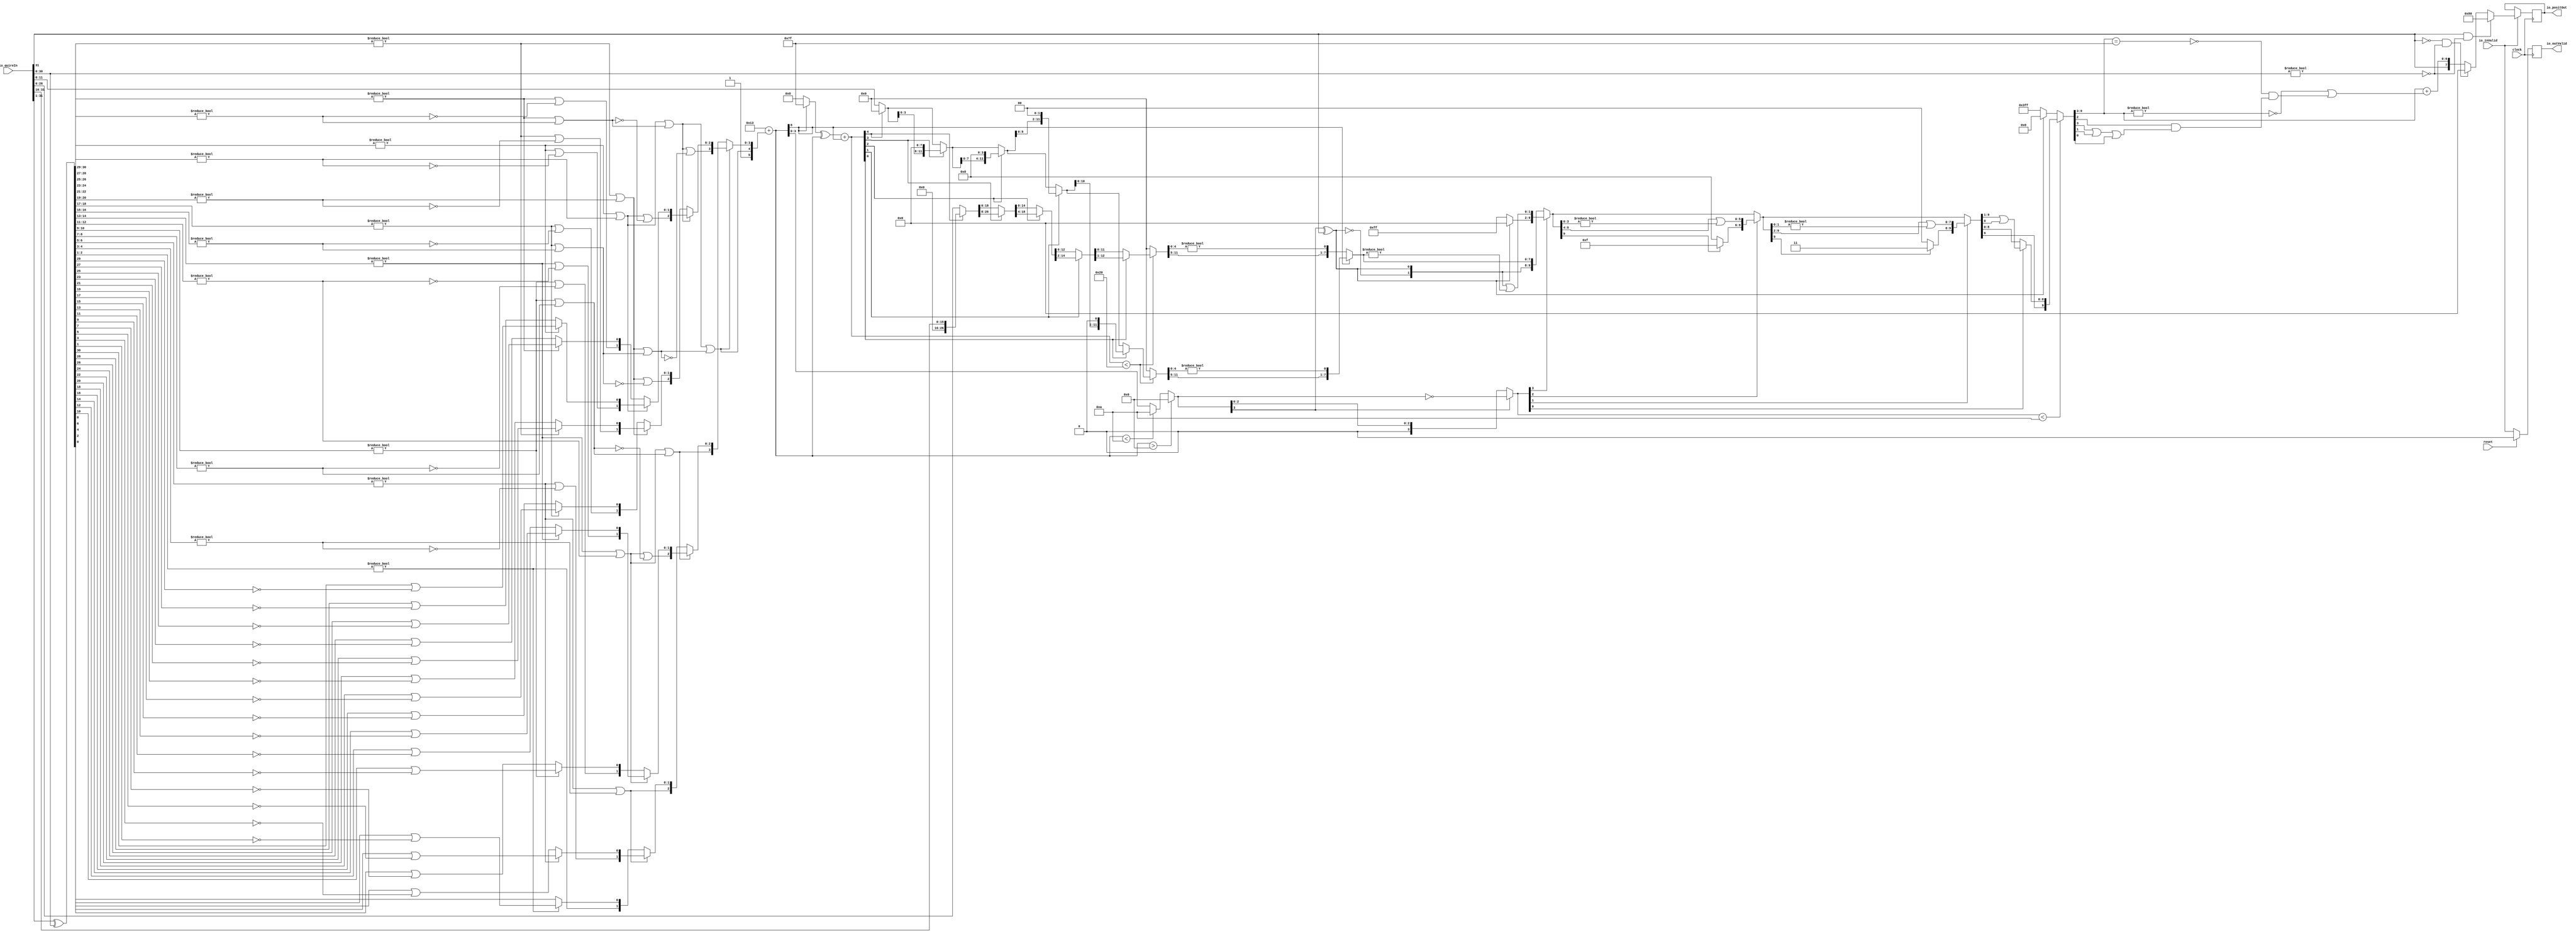
module QuireToPosit6_8_0(
  input         clock,
  input         reset,
  input         io_inValid,
  input  [31:0] io_quireIn,
  output [7:0]  io_positOut,
  output        io_outValid
);
  wire [30:0] _T; // @[QuireToPosit.scala 47:43]
  wire  _T_1; // @[QuireToPosit.scala 47:47]
  wire  tailIsZero; // @[QuireToPosit.scala 47:27]
  wire  _T_2; // @[QuireToPosit.scala 49:45]
  wire  outRawFloat_isNaR; // @[QuireToPosit.scala 49:49]
  wire  _T_5; // @[QuireToPosit.scala 50:31]
  wire  outRawFloat_isZero; // @[QuireToPosit.scala 50:51]
  wire [30:0] _T_8; // @[QuireToPosit.scala 58:41]
  wire [30:0] _T_9; // @[QuireToPosit.scala 58:68]
  wire [30:0] quireXOR; // @[QuireToPosit.scala 58:56]
  wire [15:0] _T_10; // @[LZD.scala 43:32]
  wire [7:0] _T_11; // @[LZD.scala 43:32]
  wire [3:0] _T_12; // @[LZD.scala 43:32]
  wire [1:0] _T_13; // @[LZD.scala 43:32]
  wire  _T_14; // @[LZD.scala 39:14]
  wire  _T_15; // @[LZD.scala 39:21]
  wire  _T_16; // @[LZD.scala 39:30]
  wire  _T_17; // @[LZD.scala 39:27]
  wire  _T_18; // @[LZD.scala 39:25]
  wire [1:0] _T_19; // @[Cat.scala 29:58]
  wire [1:0] _T_20; // @[LZD.scala 44:32]
  wire  _T_21; // @[LZD.scala 39:14]
  wire  _T_22; // @[LZD.scala 39:21]
  wire  _T_23; // @[LZD.scala 39:30]
  wire  _T_24; // @[LZD.scala 39:27]
  wire  _T_25; // @[LZD.scala 39:25]
  wire [1:0] _T_26; // @[Cat.scala 29:58]
  wire  _T_27; // @[Shift.scala 12:21]
  wire  _T_28; // @[Shift.scala 12:21]
  wire  _T_29; // @[LZD.scala 49:16]
  wire  _T_30; // @[LZD.scala 49:27]
  wire  _T_31; // @[LZD.scala 49:25]
  wire  _T_32; // @[LZD.scala 49:47]
  wire  _T_33; // @[LZD.scala 49:59]
  wire  _T_34; // @[LZD.scala 49:35]
  wire [2:0] _T_36; // @[Cat.scala 29:58]
  wire [3:0] _T_37; // @[LZD.scala 44:32]
  wire [1:0] _T_38; // @[LZD.scala 43:32]
  wire  _T_39; // @[LZD.scala 39:14]
  wire  _T_40; // @[LZD.scala 39:21]
  wire  _T_41; // @[LZD.scala 39:30]
  wire  _T_42; // @[LZD.scala 39:27]
  wire  _T_43; // @[LZD.scala 39:25]
  wire [1:0] _T_44; // @[Cat.scala 29:58]
  wire [1:0] _T_45; // @[LZD.scala 44:32]
  wire  _T_46; // @[LZD.scala 39:14]
  wire  _T_47; // @[LZD.scala 39:21]
  wire  _T_48; // @[LZD.scala 39:30]
  wire  _T_49; // @[LZD.scala 39:27]
  wire  _T_50; // @[LZD.scala 39:25]
  wire [1:0] _T_51; // @[Cat.scala 29:58]
  wire  _T_52; // @[Shift.scala 12:21]
  wire  _T_53; // @[Shift.scala 12:21]
  wire  _T_54; // @[LZD.scala 49:16]
  wire  _T_55; // @[LZD.scala 49:27]
  wire  _T_56; // @[LZD.scala 49:25]
  wire  _T_57; // @[LZD.scala 49:47]
  wire  _T_58; // @[LZD.scala 49:59]
  wire  _T_59; // @[LZD.scala 49:35]
  wire [2:0] _T_61; // @[Cat.scala 29:58]
  wire  _T_62; // @[Shift.scala 12:21]
  wire  _T_63; // @[Shift.scala 12:21]
  wire  _T_64; // @[LZD.scala 49:16]
  wire  _T_65; // @[LZD.scala 49:27]
  wire  _T_66; // @[LZD.scala 49:25]
  wire [1:0] _T_67; // @[LZD.scala 49:47]
  wire [1:0] _T_68; // @[LZD.scala 49:59]
  wire [1:0] _T_69; // @[LZD.scala 49:35]
  wire [3:0] _T_71; // @[Cat.scala 29:58]
  wire [7:0] _T_72; // @[LZD.scala 44:32]
  wire [3:0] _T_73; // @[LZD.scala 43:32]
  wire [1:0] _T_74; // @[LZD.scala 43:32]
  wire  _T_75; // @[LZD.scala 39:14]
  wire  _T_76; // @[LZD.scala 39:21]
  wire  _T_77; // @[LZD.scala 39:30]
  wire  _T_78; // @[LZD.scala 39:27]
  wire  _T_79; // @[LZD.scala 39:25]
  wire [1:0] _T_80; // @[Cat.scala 29:58]
  wire [1:0] _T_81; // @[LZD.scala 44:32]
  wire  _T_82; // @[LZD.scala 39:14]
  wire  _T_83; // @[LZD.scala 39:21]
  wire  _T_84; // @[LZD.scala 39:30]
  wire  _T_85; // @[LZD.scala 39:27]
  wire  _T_86; // @[LZD.scala 39:25]
  wire [1:0] _T_87; // @[Cat.scala 29:58]
  wire  _T_88; // @[Shift.scala 12:21]
  wire  _T_89; // @[Shift.scala 12:21]
  wire  _T_90; // @[LZD.scala 49:16]
  wire  _T_91; // @[LZD.scala 49:27]
  wire  _T_92; // @[LZD.scala 49:25]
  wire  _T_93; // @[LZD.scala 49:47]
  wire  _T_94; // @[LZD.scala 49:59]
  wire  _T_95; // @[LZD.scala 49:35]
  wire [2:0] _T_97; // @[Cat.scala 29:58]
  wire [3:0] _T_98; // @[LZD.scala 44:32]
  wire [1:0] _T_99; // @[LZD.scala 43:32]
  wire  _T_100; // @[LZD.scala 39:14]
  wire  _T_101; // @[LZD.scala 39:21]
  wire  _T_102; // @[LZD.scala 39:30]
  wire  _T_103; // @[LZD.scala 39:27]
  wire  _T_104; // @[LZD.scala 39:25]
  wire [1:0] _T_105; // @[Cat.scala 29:58]
  wire [1:0] _T_106; // @[LZD.scala 44:32]
  wire  _T_107; // @[LZD.scala 39:14]
  wire  _T_108; // @[LZD.scala 39:21]
  wire  _T_109; // @[LZD.scala 39:30]
  wire  _T_110; // @[LZD.scala 39:27]
  wire  _T_111; // @[LZD.scala 39:25]
  wire [1:0] _T_112; // @[Cat.scala 29:58]
  wire  _T_113; // @[Shift.scala 12:21]
  wire  _T_114; // @[Shift.scala 12:21]
  wire  _T_115; // @[LZD.scala 49:16]
  wire  _T_116; // @[LZD.scala 49:27]
  wire  _T_117; // @[LZD.scala 49:25]
  wire  _T_118; // @[LZD.scala 49:47]
  wire  _T_119; // @[LZD.scala 49:59]
  wire  _T_120; // @[LZD.scala 49:35]
  wire [2:0] _T_122; // @[Cat.scala 29:58]
  wire  _T_123; // @[Shift.scala 12:21]
  wire  _T_124; // @[Shift.scala 12:21]
  wire  _T_125; // @[LZD.scala 49:16]
  wire  _T_126; // @[LZD.scala 49:27]
  wire  _T_127; // @[LZD.scala 49:25]
  wire [1:0] _T_128; // @[LZD.scala 49:47]
  wire [1:0] _T_129; // @[LZD.scala 49:59]
  wire [1:0] _T_130; // @[LZD.scala 49:35]
  wire [3:0] _T_132; // @[Cat.scala 29:58]
  wire  _T_133; // @[Shift.scala 12:21]
  wire  _T_134; // @[Shift.scala 12:21]
  wire  _T_135; // @[LZD.scala 49:16]
  wire  _T_136; // @[LZD.scala 49:27]
  wire  _T_137; // @[LZD.scala 49:25]
  wire [2:0] _T_138; // @[LZD.scala 49:47]
  wire [2:0] _T_139; // @[LZD.scala 49:59]
  wire [2:0] _T_140; // @[LZD.scala 49:35]
  wire [4:0] _T_142; // @[Cat.scala 29:58]
  wire [14:0] _T_143; // @[LZD.scala 44:32]
  wire [7:0] _T_144; // @[LZD.scala 43:32]
  wire [3:0] _T_145; // @[LZD.scala 43:32]
  wire [1:0] _T_146; // @[LZD.scala 43:32]
  wire  _T_147; // @[LZD.scala 39:14]
  wire  _T_148; // @[LZD.scala 39:21]
  wire  _T_149; // @[LZD.scala 39:30]
  wire  _T_150; // @[LZD.scala 39:27]
  wire  _T_151; // @[LZD.scala 39:25]
  wire [1:0] _T_152; // @[Cat.scala 29:58]
  wire [1:0] _T_153; // @[LZD.scala 44:32]
  wire  _T_154; // @[LZD.scala 39:14]
  wire  _T_155; // @[LZD.scala 39:21]
  wire  _T_156; // @[LZD.scala 39:30]
  wire  _T_157; // @[LZD.scala 39:27]
  wire  _T_158; // @[LZD.scala 39:25]
  wire [1:0] _T_159; // @[Cat.scala 29:58]
  wire  _T_160; // @[Shift.scala 12:21]
  wire  _T_161; // @[Shift.scala 12:21]
  wire  _T_162; // @[LZD.scala 49:16]
  wire  _T_163; // @[LZD.scala 49:27]
  wire  _T_164; // @[LZD.scala 49:25]
  wire  _T_165; // @[LZD.scala 49:47]
  wire  _T_166; // @[LZD.scala 49:59]
  wire  _T_167; // @[LZD.scala 49:35]
  wire [2:0] _T_169; // @[Cat.scala 29:58]
  wire [3:0] _T_170; // @[LZD.scala 44:32]
  wire [1:0] _T_171; // @[LZD.scala 43:32]
  wire  _T_172; // @[LZD.scala 39:14]
  wire  _T_173; // @[LZD.scala 39:21]
  wire  _T_174; // @[LZD.scala 39:30]
  wire  _T_175; // @[LZD.scala 39:27]
  wire  _T_176; // @[LZD.scala 39:25]
  wire [1:0] _T_177; // @[Cat.scala 29:58]
  wire [1:0] _T_178; // @[LZD.scala 44:32]
  wire  _T_179; // @[LZD.scala 39:14]
  wire  _T_180; // @[LZD.scala 39:21]
  wire  _T_181; // @[LZD.scala 39:30]
  wire  _T_182; // @[LZD.scala 39:27]
  wire  _T_183; // @[LZD.scala 39:25]
  wire [1:0] _T_184; // @[Cat.scala 29:58]
  wire  _T_185; // @[Shift.scala 12:21]
  wire  _T_186; // @[Shift.scala 12:21]
  wire  _T_187; // @[LZD.scala 49:16]
  wire  _T_188; // @[LZD.scala 49:27]
  wire  _T_189; // @[LZD.scala 49:25]
  wire  _T_190; // @[LZD.scala 49:47]
  wire  _T_191; // @[LZD.scala 49:59]
  wire  _T_192; // @[LZD.scala 49:35]
  wire [2:0] _T_194; // @[Cat.scala 29:58]
  wire  _T_195; // @[Shift.scala 12:21]
  wire  _T_196; // @[Shift.scala 12:21]
  wire  _T_197; // @[LZD.scala 49:16]
  wire  _T_198; // @[LZD.scala 49:27]
  wire  _T_199; // @[LZD.scala 49:25]
  wire [1:0] _T_200; // @[LZD.scala 49:47]
  wire [1:0] _T_201; // @[LZD.scala 49:59]
  wire [1:0] _T_202; // @[LZD.scala 49:35]
  wire [3:0] _T_204; // @[Cat.scala 29:58]
  wire [6:0] _T_205; // @[LZD.scala 44:32]
  wire [3:0] _T_206; // @[LZD.scala 43:32]
  wire [1:0] _T_207; // @[LZD.scala 43:32]
  wire  _T_208; // @[LZD.scala 39:14]
  wire  _T_209; // @[LZD.scala 39:21]
  wire  _T_210; // @[LZD.scala 39:30]
  wire  _T_211; // @[LZD.scala 39:27]
  wire  _T_212; // @[LZD.scala 39:25]
  wire [1:0] _T_213; // @[Cat.scala 29:58]
  wire [1:0] _T_214; // @[LZD.scala 44:32]
  wire  _T_215; // @[LZD.scala 39:14]
  wire  _T_216; // @[LZD.scala 39:21]
  wire  _T_217; // @[LZD.scala 39:30]
  wire  _T_218; // @[LZD.scala 39:27]
  wire  _T_219; // @[LZD.scala 39:25]
  wire [1:0] _T_220; // @[Cat.scala 29:58]
  wire  _T_221; // @[Shift.scala 12:21]
  wire  _T_222; // @[Shift.scala 12:21]
  wire  _T_223; // @[LZD.scala 49:16]
  wire  _T_224; // @[LZD.scala 49:27]
  wire  _T_225; // @[LZD.scala 49:25]
  wire  _T_226; // @[LZD.scala 49:47]
  wire  _T_227; // @[LZD.scala 49:59]
  wire  _T_228; // @[LZD.scala 49:35]
  wire [2:0] _T_230; // @[Cat.scala 29:58]
  wire [2:0] _T_231; // @[LZD.scala 44:32]
  wire [1:0] _T_232; // @[LZD.scala 43:32]
  wire  _T_233; // @[LZD.scala 39:14]
  wire  _T_234; // @[LZD.scala 39:21]
  wire  _T_235; // @[LZD.scala 39:30]
  wire  _T_236; // @[LZD.scala 39:27]
  wire  _T_237; // @[LZD.scala 39:25]
  wire [1:0] _T_238; // @[Cat.scala 29:58]
  wire  _T_239; // @[LZD.scala 44:32]
  wire  _T_241; // @[Shift.scala 12:21]
  wire  _T_243; // @[LZD.scala 55:32]
  wire  _T_244; // @[LZD.scala 55:20]
  wire [1:0] _T_245; // @[Cat.scala 29:58]
  wire  _T_246; // @[Shift.scala 12:21]
  wire [1:0] _T_248; // @[LZD.scala 55:32]
  wire [1:0] _T_249; // @[LZD.scala 55:20]
  wire [2:0] _T_250; // @[Cat.scala 29:58]
  wire  _T_251; // @[Shift.scala 12:21]
  wire [2:0] _T_253; // @[LZD.scala 55:32]
  wire [2:0] _T_254; // @[LZD.scala 55:20]
  wire [3:0] _T_255; // @[Cat.scala 29:58]
  wire  _T_256; // @[Shift.scala 12:21]
  wire [3:0] _T_258; // @[LZD.scala 55:32]
  wire [3:0] _T_259; // @[LZD.scala 55:20]
  wire [5:0] scaleBias; // @[Cat.scala 29:58]
  wire [5:0] _T_260; // @[QuireToPosit.scala 61:53]
  wire [6:0] _GEN_2; // @[QuireToPosit.scala 61:41]
  wire [6:0] _T_262; // @[QuireToPosit.scala 61:41]
  wire [6:0] realScale; // @[QuireToPosit.scala 61:41]
  wire  underflow; // @[QuireToPosit.scala 62:41]
  wire  overflow; // @[QuireToPosit.scala 63:35]
  wire [6:0] _T_263; // @[Mux.scala 87:16]
  wire [6:0] _T_264; // @[Mux.scala 87:16]
  wire  _T_265; // @[Abs.scala 10:21]
  wire [6:0] _T_267; // @[Bitwise.scala 71:12]
  wire [6:0] _T_268; // @[Abs.scala 10:31]
  wire [6:0] _T_269; // @[Abs.scala 10:26]
  wire [6:0] _GEN_3; // @[Abs.scala 10:39]
  wire [6:0] absRealScale; // @[Abs.scala 10:39]
  wire  _T_272; // @[Shift.scala 16:24]
  wire [4:0] _T_273; // @[Shift.scala 17:37]
  wire  _T_274; // @[Shift.scala 12:21]
  wire [15:0] _T_275; // @[Shift.scala 64:52]
  wire [31:0] _T_277; // @[Cat.scala 29:58]
  wire [31:0] _T_278; // @[Shift.scala 64:27]
  wire [3:0] _T_279; // @[Shift.scala 66:70]
  wire  _T_280; // @[Shift.scala 12:21]
  wire [23:0] _T_281; // @[Shift.scala 64:52]
  wire [31:0] _T_283; // @[Cat.scala 29:58]
  wire [31:0] _T_284; // @[Shift.scala 64:27]
  wire [2:0] _T_285; // @[Shift.scala 66:70]
  wire  _T_286; // @[Shift.scala 12:21]
  wire [27:0] _T_287; // @[Shift.scala 64:52]
  wire [31:0] _T_289; // @[Cat.scala 29:58]
  wire [31:0] _T_290; // @[Shift.scala 64:27]
  wire [1:0] _T_291; // @[Shift.scala 66:70]
  wire  _T_292; // @[Shift.scala 12:21]
  wire [29:0] _T_293; // @[Shift.scala 64:52]
  wire [31:0] _T_295; // @[Cat.scala 29:58]
  wire [31:0] _T_296; // @[Shift.scala 64:27]
  wire  _T_297; // @[Shift.scala 66:70]
  wire [30:0] _T_299; // @[Shift.scala 64:52]
  wire [31:0] _T_300; // @[Cat.scala 29:58]
  wire [31:0] _T_301; // @[Shift.scala 64:27]
  wire [31:0] quireLeftShift; // @[Shift.scala 16:10]
  wire [15:0] _T_306; // @[Shift.scala 77:66]
  wire [31:0] _T_307; // @[Cat.scala 29:58]
  wire [31:0] _T_308; // @[Shift.scala 77:22]
  wire [23:0] _T_312; // @[Shift.scala 77:66]
  wire [31:0] _T_313; // @[Cat.scala 29:58]
  wire [31:0] _T_314; // @[Shift.scala 77:22]
  wire [27:0] _T_318; // @[Shift.scala 77:66]
  wire [31:0] _T_319; // @[Cat.scala 29:58]
  wire [31:0] _T_320; // @[Shift.scala 77:22]
  wire [29:0] _T_324; // @[Shift.scala 77:66]
  wire [31:0] _T_325; // @[Cat.scala 29:58]
  wire [31:0] _T_326; // @[Shift.scala 77:22]
  wire [30:0] _T_329; // @[Shift.scala 77:66]
  wire [31:0] _T_330; // @[Cat.scala 29:58]
  wire [31:0] _T_331; // @[Shift.scala 77:22]
  wire [31:0] quireRightShift; // @[Shift.scala 27:10]
  wire [6:0] _T_333; // @[QuireToPosit.scala 89:49]
  wire [4:0] _T_334; // @[QuireToPosit.scala 90:127]
  wire  _T_335; // @[QuireToPosit.scala 90:154]
  wire [7:0] realFGRSTmp1; // @[Cat.scala 29:58]
  wire [6:0] _T_336; // @[QuireToPosit.scala 91:50]
  wire [4:0] _T_337; // @[QuireToPosit.scala 92:128]
  wire  _T_338; // @[QuireToPosit.scala 92:155]
  wire [7:0] realFGRSTmp2; // @[Cat.scala 29:58]
  wire [7:0] realFGRS; // @[QuireToPosit.scala 93:34]
  wire [4:0] outRawFloat_fraction; // @[QuireToPosit.scala 95:46]
  wire [2:0] outRawFloat_grs; // @[QuireToPosit.scala 96:46]
  wire [3:0] _GEN_4; // @[QuireToPosit.scala 44:31 QuireToPosit.scala 65:27]
  wire [3:0] outRawFloat_scale; // @[QuireToPosit.scala 44:31 QuireToPosit.scala 65:27]
  wire  _T_344; // @[convert.scala 49:36]
  wire [3:0] _T_346; // @[convert.scala 50:36]
  wire [3:0] _T_347; // @[convert.scala 50:36]
  wire [3:0] _T_348; // @[convert.scala 50:28]
  wire  _T_349; // @[convert.scala 51:31]
  wire  _T_350; // @[convert.scala 53:34]
  wire [9:0] _T_353; // @[Cat.scala 29:58]
  wire [3:0] _T_354; // @[Shift.scala 39:17]
  wire  _T_355; // @[Shift.scala 39:24]
  wire [1:0] _T_357; // @[Shift.scala 90:30]
  wire [7:0] _T_358; // @[Shift.scala 90:48]
  wire  _T_359; // @[Shift.scala 90:57]
  wire [1:0] _GEN_5; // @[Shift.scala 90:39]
  wire [1:0] _T_360; // @[Shift.scala 90:39]
  wire  _T_361; // @[Shift.scala 12:21]
  wire  _T_362; // @[Shift.scala 12:21]
  wire [7:0] _T_364; // @[Bitwise.scala 71:12]
  wire [9:0] _T_365; // @[Cat.scala 29:58]
  wire [9:0] _T_366; // @[Shift.scala 91:22]
  wire [2:0] _T_367; // @[Shift.scala 92:77]
  wire [5:0] _T_368; // @[Shift.scala 90:30]
  wire [3:0] _T_369; // @[Shift.scala 90:48]
  wire  _T_370; // @[Shift.scala 90:57]
  wire [5:0] _GEN_6; // @[Shift.scala 90:39]
  wire [5:0] _T_371; // @[Shift.scala 90:39]
  wire  _T_372; // @[Shift.scala 12:21]
  wire  _T_373; // @[Shift.scala 12:21]
  wire [3:0] _T_375; // @[Bitwise.scala 71:12]
  wire [9:0] _T_376; // @[Cat.scala 29:58]
  wire [9:0] _T_377; // @[Shift.scala 91:22]
  wire [1:0] _T_378; // @[Shift.scala 92:77]
  wire [7:0] _T_379; // @[Shift.scala 90:30]
  wire [1:0] _T_380; // @[Shift.scala 90:48]
  wire  _T_381; // @[Shift.scala 90:57]
  wire [7:0] _GEN_7; // @[Shift.scala 90:39]
  wire [7:0] _T_382; // @[Shift.scala 90:39]
  wire  _T_383; // @[Shift.scala 12:21]
  wire  _T_384; // @[Shift.scala 12:21]
  wire [1:0] _T_386; // @[Bitwise.scala 71:12]
  wire [9:0] _T_387; // @[Cat.scala 29:58]
  wire [9:0] _T_388; // @[Shift.scala 91:22]
  wire  _T_389; // @[Shift.scala 92:77]
  wire [8:0] _T_390; // @[Shift.scala 90:30]
  wire  _T_391; // @[Shift.scala 90:48]
  wire [8:0] _GEN_8; // @[Shift.scala 90:39]
  wire [8:0] _T_393; // @[Shift.scala 90:39]
  wire  _T_395; // @[Shift.scala 12:21]
  wire [9:0] _T_396; // @[Cat.scala 29:58]
  wire [9:0] _T_397; // @[Shift.scala 91:22]
  wire [9:0] _T_400; // @[Bitwise.scala 71:12]
  wire [9:0] _T_401; // @[Shift.scala 39:10]
  wire  _T_402; // @[convert.scala 55:31]
  wire  _T_403; // @[convert.scala 56:31]
  wire  _T_404; // @[convert.scala 57:31]
  wire  _T_405; // @[convert.scala 58:31]
  wire [6:0] _T_406; // @[convert.scala 59:69]
  wire  _T_407; // @[convert.scala 59:81]
  wire  _T_408; // @[convert.scala 59:50]
  wire  _T_410; // @[convert.scala 60:81]
  wire  _T_411; // @[convert.scala 61:44]
  wire  _T_412; // @[convert.scala 61:52]
  wire  _T_413; // @[convert.scala 61:36]
  wire  _T_414; // @[convert.scala 62:63]
  wire  _T_415; // @[convert.scala 62:103]
  wire  _T_416; // @[convert.scala 62:60]
  wire [6:0] _GEN_9; // @[convert.scala 63:56]
  wire [6:0] _T_419; // @[convert.scala 63:56]
  wire [7:0] _T_420; // @[Cat.scala 29:58]
  reg  _T_424; // @[Valid.scala 117:22]
  reg [31:0] _RAND_0;
  reg [7:0] _T_428; // @[Reg.scala 15:16]
  reg [31:0] _RAND_1;
  assign _T = io_quireIn[30:0]; // @[QuireToPosit.scala 47:43]
  assign _T_1 = _T != 31'h0; // @[QuireToPosit.scala 47:47]
  assign tailIsZero = ~ _T_1; // @[QuireToPosit.scala 47:27]
  assign _T_2 = io_quireIn[31:31]; // @[QuireToPosit.scala 49:45]
  assign outRawFloat_isNaR = _T_2 & tailIsZero; // @[QuireToPosit.scala 49:49]
  assign _T_5 = ~ _T_2; // @[QuireToPosit.scala 50:31]
  assign outRawFloat_isZero = _T_5 & tailIsZero; // @[QuireToPosit.scala 50:51]
  assign _T_8 = io_quireIn[31:1]; // @[QuireToPosit.scala 58:41]
  assign _T_9 = io_quireIn[30:0]; // @[QuireToPosit.scala 58:68]
  assign quireXOR = _T_8 ^ _T_9; // @[QuireToPosit.scala 58:56]
  assign _T_10 = quireXOR[30:15]; // @[LZD.scala 43:32]
  assign _T_11 = _T_10[15:8]; // @[LZD.scala 43:32]
  assign _T_12 = _T_11[7:4]; // @[LZD.scala 43:32]
  assign _T_13 = _T_12[3:2]; // @[LZD.scala 43:32]
  assign _T_14 = _T_13 != 2'h0; // @[LZD.scala 39:14]
  assign _T_15 = _T_13[1]; // @[LZD.scala 39:21]
  assign _T_16 = _T_13[0]; // @[LZD.scala 39:30]
  assign _T_17 = ~ _T_16; // @[LZD.scala 39:27]
  assign _T_18 = _T_15 | _T_17; // @[LZD.scala 39:25]
  assign _T_19 = {_T_14,_T_18}; // @[Cat.scala 29:58]
  assign _T_20 = _T_12[1:0]; // @[LZD.scala 44:32]
  assign _T_21 = _T_20 != 2'h0; // @[LZD.scala 39:14]
  assign _T_22 = _T_20[1]; // @[LZD.scala 39:21]
  assign _T_23 = _T_20[0]; // @[LZD.scala 39:30]
  assign _T_24 = ~ _T_23; // @[LZD.scala 39:27]
  assign _T_25 = _T_22 | _T_24; // @[LZD.scala 39:25]
  assign _T_26 = {_T_21,_T_25}; // @[Cat.scala 29:58]
  assign _T_27 = _T_19[1]; // @[Shift.scala 12:21]
  assign _T_28 = _T_26[1]; // @[Shift.scala 12:21]
  assign _T_29 = _T_27 | _T_28; // @[LZD.scala 49:16]
  assign _T_30 = ~ _T_28; // @[LZD.scala 49:27]
  assign _T_31 = _T_27 | _T_30; // @[LZD.scala 49:25]
  assign _T_32 = _T_19[0:0]; // @[LZD.scala 49:47]
  assign _T_33 = _T_26[0:0]; // @[LZD.scala 49:59]
  assign _T_34 = _T_27 ? _T_32 : _T_33; // @[LZD.scala 49:35]
  assign _T_36 = {_T_29,_T_31,_T_34}; // @[Cat.scala 29:58]
  assign _T_37 = _T_11[3:0]; // @[LZD.scala 44:32]
  assign _T_38 = _T_37[3:2]; // @[LZD.scala 43:32]
  assign _T_39 = _T_38 != 2'h0; // @[LZD.scala 39:14]
  assign _T_40 = _T_38[1]; // @[LZD.scala 39:21]
  assign _T_41 = _T_38[0]; // @[LZD.scala 39:30]
  assign _T_42 = ~ _T_41; // @[LZD.scala 39:27]
  assign _T_43 = _T_40 | _T_42; // @[LZD.scala 39:25]
  assign _T_44 = {_T_39,_T_43}; // @[Cat.scala 29:58]
  assign _T_45 = _T_37[1:0]; // @[LZD.scala 44:32]
  assign _T_46 = _T_45 != 2'h0; // @[LZD.scala 39:14]
  assign _T_47 = _T_45[1]; // @[LZD.scala 39:21]
  assign _T_48 = _T_45[0]; // @[LZD.scala 39:30]
  assign _T_49 = ~ _T_48; // @[LZD.scala 39:27]
  assign _T_50 = _T_47 | _T_49; // @[LZD.scala 39:25]
  assign _T_51 = {_T_46,_T_50}; // @[Cat.scala 29:58]
  assign _T_52 = _T_44[1]; // @[Shift.scala 12:21]
  assign _T_53 = _T_51[1]; // @[Shift.scala 12:21]
  assign _T_54 = _T_52 | _T_53; // @[LZD.scala 49:16]
  assign _T_55 = ~ _T_53; // @[LZD.scala 49:27]
  assign _T_56 = _T_52 | _T_55; // @[LZD.scala 49:25]
  assign _T_57 = _T_44[0:0]; // @[LZD.scala 49:47]
  assign _T_58 = _T_51[0:0]; // @[LZD.scala 49:59]
  assign _T_59 = _T_52 ? _T_57 : _T_58; // @[LZD.scala 49:35]
  assign _T_61 = {_T_54,_T_56,_T_59}; // @[Cat.scala 29:58]
  assign _T_62 = _T_36[2]; // @[Shift.scala 12:21]
  assign _T_63 = _T_61[2]; // @[Shift.scala 12:21]
  assign _T_64 = _T_62 | _T_63; // @[LZD.scala 49:16]
  assign _T_65 = ~ _T_63; // @[LZD.scala 49:27]
  assign _T_66 = _T_62 | _T_65; // @[LZD.scala 49:25]
  assign _T_67 = _T_36[1:0]; // @[LZD.scala 49:47]
  assign _T_68 = _T_61[1:0]; // @[LZD.scala 49:59]
  assign _T_69 = _T_62 ? _T_67 : _T_68; // @[LZD.scala 49:35]
  assign _T_71 = {_T_64,_T_66,_T_69}; // @[Cat.scala 29:58]
  assign _T_72 = _T_10[7:0]; // @[LZD.scala 44:32]
  assign _T_73 = _T_72[7:4]; // @[LZD.scala 43:32]
  assign _T_74 = _T_73[3:2]; // @[LZD.scala 43:32]
  assign _T_75 = _T_74 != 2'h0; // @[LZD.scala 39:14]
  assign _T_76 = _T_74[1]; // @[LZD.scala 39:21]
  assign _T_77 = _T_74[0]; // @[LZD.scala 39:30]
  assign _T_78 = ~ _T_77; // @[LZD.scala 39:27]
  assign _T_79 = _T_76 | _T_78; // @[LZD.scala 39:25]
  assign _T_80 = {_T_75,_T_79}; // @[Cat.scala 29:58]
  assign _T_81 = _T_73[1:0]; // @[LZD.scala 44:32]
  assign _T_82 = _T_81 != 2'h0; // @[LZD.scala 39:14]
  assign _T_83 = _T_81[1]; // @[LZD.scala 39:21]
  assign _T_84 = _T_81[0]; // @[LZD.scala 39:30]
  assign _T_85 = ~ _T_84; // @[LZD.scala 39:27]
  assign _T_86 = _T_83 | _T_85; // @[LZD.scala 39:25]
  assign _T_87 = {_T_82,_T_86}; // @[Cat.scala 29:58]
  assign _T_88 = _T_80[1]; // @[Shift.scala 12:21]
  assign _T_89 = _T_87[1]; // @[Shift.scala 12:21]
  assign _T_90 = _T_88 | _T_89; // @[LZD.scala 49:16]
  assign _T_91 = ~ _T_89; // @[LZD.scala 49:27]
  assign _T_92 = _T_88 | _T_91; // @[LZD.scala 49:25]
  assign _T_93 = _T_80[0:0]; // @[LZD.scala 49:47]
  assign _T_94 = _T_87[0:0]; // @[LZD.scala 49:59]
  assign _T_95 = _T_88 ? _T_93 : _T_94; // @[LZD.scala 49:35]
  assign _T_97 = {_T_90,_T_92,_T_95}; // @[Cat.scala 29:58]
  assign _T_98 = _T_72[3:0]; // @[LZD.scala 44:32]
  assign _T_99 = _T_98[3:2]; // @[LZD.scala 43:32]
  assign _T_100 = _T_99 != 2'h0; // @[LZD.scala 39:14]
  assign _T_101 = _T_99[1]; // @[LZD.scala 39:21]
  assign _T_102 = _T_99[0]; // @[LZD.scala 39:30]
  assign _T_103 = ~ _T_102; // @[LZD.scala 39:27]
  assign _T_104 = _T_101 | _T_103; // @[LZD.scala 39:25]
  assign _T_105 = {_T_100,_T_104}; // @[Cat.scala 29:58]
  assign _T_106 = _T_98[1:0]; // @[LZD.scala 44:32]
  assign _T_107 = _T_106 != 2'h0; // @[LZD.scala 39:14]
  assign _T_108 = _T_106[1]; // @[LZD.scala 39:21]
  assign _T_109 = _T_106[0]; // @[LZD.scala 39:30]
  assign _T_110 = ~ _T_109; // @[LZD.scala 39:27]
  assign _T_111 = _T_108 | _T_110; // @[LZD.scala 39:25]
  assign _T_112 = {_T_107,_T_111}; // @[Cat.scala 29:58]
  assign _T_113 = _T_105[1]; // @[Shift.scala 12:21]
  assign _T_114 = _T_112[1]; // @[Shift.scala 12:21]
  assign _T_115 = _T_113 | _T_114; // @[LZD.scala 49:16]
  assign _T_116 = ~ _T_114; // @[LZD.scala 49:27]
  assign _T_117 = _T_113 | _T_116; // @[LZD.scala 49:25]
  assign _T_118 = _T_105[0:0]; // @[LZD.scala 49:47]
  assign _T_119 = _T_112[0:0]; // @[LZD.scala 49:59]
  assign _T_120 = _T_113 ? _T_118 : _T_119; // @[LZD.scala 49:35]
  assign _T_122 = {_T_115,_T_117,_T_120}; // @[Cat.scala 29:58]
  assign _T_123 = _T_97[2]; // @[Shift.scala 12:21]
  assign _T_124 = _T_122[2]; // @[Shift.scala 12:21]
  assign _T_125 = _T_123 | _T_124; // @[LZD.scala 49:16]
  assign _T_126 = ~ _T_124; // @[LZD.scala 49:27]
  assign _T_127 = _T_123 | _T_126; // @[LZD.scala 49:25]
  assign _T_128 = _T_97[1:0]; // @[LZD.scala 49:47]
  assign _T_129 = _T_122[1:0]; // @[LZD.scala 49:59]
  assign _T_130 = _T_123 ? _T_128 : _T_129; // @[LZD.scala 49:35]
  assign _T_132 = {_T_125,_T_127,_T_130}; // @[Cat.scala 29:58]
  assign _T_133 = _T_71[3]; // @[Shift.scala 12:21]
  assign _T_134 = _T_132[3]; // @[Shift.scala 12:21]
  assign _T_135 = _T_133 | _T_134; // @[LZD.scala 49:16]
  assign _T_136 = ~ _T_134; // @[LZD.scala 49:27]
  assign _T_137 = _T_133 | _T_136; // @[LZD.scala 49:25]
  assign _T_138 = _T_71[2:0]; // @[LZD.scala 49:47]
  assign _T_139 = _T_132[2:0]; // @[LZD.scala 49:59]
  assign _T_140 = _T_133 ? _T_138 : _T_139; // @[LZD.scala 49:35]
  assign _T_142 = {_T_135,_T_137,_T_140}; // @[Cat.scala 29:58]
  assign _T_143 = quireXOR[14:0]; // @[LZD.scala 44:32]
  assign _T_144 = _T_143[14:7]; // @[LZD.scala 43:32]
  assign _T_145 = _T_144[7:4]; // @[LZD.scala 43:32]
  assign _T_146 = _T_145[3:2]; // @[LZD.scala 43:32]
  assign _T_147 = _T_146 != 2'h0; // @[LZD.scala 39:14]
  assign _T_148 = _T_146[1]; // @[LZD.scala 39:21]
  assign _T_149 = _T_146[0]; // @[LZD.scala 39:30]
  assign _T_150 = ~ _T_149; // @[LZD.scala 39:27]
  assign _T_151 = _T_148 | _T_150; // @[LZD.scala 39:25]
  assign _T_152 = {_T_147,_T_151}; // @[Cat.scala 29:58]
  assign _T_153 = _T_145[1:0]; // @[LZD.scala 44:32]
  assign _T_154 = _T_153 != 2'h0; // @[LZD.scala 39:14]
  assign _T_155 = _T_153[1]; // @[LZD.scala 39:21]
  assign _T_156 = _T_153[0]; // @[LZD.scala 39:30]
  assign _T_157 = ~ _T_156; // @[LZD.scala 39:27]
  assign _T_158 = _T_155 | _T_157; // @[LZD.scala 39:25]
  assign _T_159 = {_T_154,_T_158}; // @[Cat.scala 29:58]
  assign _T_160 = _T_152[1]; // @[Shift.scala 12:21]
  assign _T_161 = _T_159[1]; // @[Shift.scala 12:21]
  assign _T_162 = _T_160 | _T_161; // @[LZD.scala 49:16]
  assign _T_163 = ~ _T_161; // @[LZD.scala 49:27]
  assign _T_164 = _T_160 | _T_163; // @[LZD.scala 49:25]
  assign _T_165 = _T_152[0:0]; // @[LZD.scala 49:47]
  assign _T_166 = _T_159[0:0]; // @[LZD.scala 49:59]
  assign _T_167 = _T_160 ? _T_165 : _T_166; // @[LZD.scala 49:35]
  assign _T_169 = {_T_162,_T_164,_T_167}; // @[Cat.scala 29:58]
  assign _T_170 = _T_144[3:0]; // @[LZD.scala 44:32]
  assign _T_171 = _T_170[3:2]; // @[LZD.scala 43:32]
  assign _T_172 = _T_171 != 2'h0; // @[LZD.scala 39:14]
  assign _T_173 = _T_171[1]; // @[LZD.scala 39:21]
  assign _T_174 = _T_171[0]; // @[LZD.scala 39:30]
  assign _T_175 = ~ _T_174; // @[LZD.scala 39:27]
  assign _T_176 = _T_173 | _T_175; // @[LZD.scala 39:25]
  assign _T_177 = {_T_172,_T_176}; // @[Cat.scala 29:58]
  assign _T_178 = _T_170[1:0]; // @[LZD.scala 44:32]
  assign _T_179 = _T_178 != 2'h0; // @[LZD.scala 39:14]
  assign _T_180 = _T_178[1]; // @[LZD.scala 39:21]
  assign _T_181 = _T_178[0]; // @[LZD.scala 39:30]
  assign _T_182 = ~ _T_181; // @[LZD.scala 39:27]
  assign _T_183 = _T_180 | _T_182; // @[LZD.scala 39:25]
  assign _T_184 = {_T_179,_T_183}; // @[Cat.scala 29:58]
  assign _T_185 = _T_177[1]; // @[Shift.scala 12:21]
  assign _T_186 = _T_184[1]; // @[Shift.scala 12:21]
  assign _T_187 = _T_185 | _T_186; // @[LZD.scala 49:16]
  assign _T_188 = ~ _T_186; // @[LZD.scala 49:27]
  assign _T_189 = _T_185 | _T_188; // @[LZD.scala 49:25]
  assign _T_190 = _T_177[0:0]; // @[LZD.scala 49:47]
  assign _T_191 = _T_184[0:0]; // @[LZD.scala 49:59]
  assign _T_192 = _T_185 ? _T_190 : _T_191; // @[LZD.scala 49:35]
  assign _T_194 = {_T_187,_T_189,_T_192}; // @[Cat.scala 29:58]
  assign _T_195 = _T_169[2]; // @[Shift.scala 12:21]
  assign _T_196 = _T_194[2]; // @[Shift.scala 12:21]
  assign _T_197 = _T_195 | _T_196; // @[LZD.scala 49:16]
  assign _T_198 = ~ _T_196; // @[LZD.scala 49:27]
  assign _T_199 = _T_195 | _T_198; // @[LZD.scala 49:25]
  assign _T_200 = _T_169[1:0]; // @[LZD.scala 49:47]
  assign _T_201 = _T_194[1:0]; // @[LZD.scala 49:59]
  assign _T_202 = _T_195 ? _T_200 : _T_201; // @[LZD.scala 49:35]
  assign _T_204 = {_T_197,_T_199,_T_202}; // @[Cat.scala 29:58]
  assign _T_205 = _T_143[6:0]; // @[LZD.scala 44:32]
  assign _T_206 = _T_205[6:3]; // @[LZD.scala 43:32]
  assign _T_207 = _T_206[3:2]; // @[LZD.scala 43:32]
  assign _T_208 = _T_207 != 2'h0; // @[LZD.scala 39:14]
  assign _T_209 = _T_207[1]; // @[LZD.scala 39:21]
  assign _T_210 = _T_207[0]; // @[LZD.scala 39:30]
  assign _T_211 = ~ _T_210; // @[LZD.scala 39:27]
  assign _T_212 = _T_209 | _T_211; // @[LZD.scala 39:25]
  assign _T_213 = {_T_208,_T_212}; // @[Cat.scala 29:58]
  assign _T_214 = _T_206[1:0]; // @[LZD.scala 44:32]
  assign _T_215 = _T_214 != 2'h0; // @[LZD.scala 39:14]
  assign _T_216 = _T_214[1]; // @[LZD.scala 39:21]
  assign _T_217 = _T_214[0]; // @[LZD.scala 39:30]
  assign _T_218 = ~ _T_217; // @[LZD.scala 39:27]
  assign _T_219 = _T_216 | _T_218; // @[LZD.scala 39:25]
  assign _T_220 = {_T_215,_T_219}; // @[Cat.scala 29:58]
  assign _T_221 = _T_213[1]; // @[Shift.scala 12:21]
  assign _T_222 = _T_220[1]; // @[Shift.scala 12:21]
  assign _T_223 = _T_221 | _T_222; // @[LZD.scala 49:16]
  assign _T_224 = ~ _T_222; // @[LZD.scala 49:27]
  assign _T_225 = _T_221 | _T_224; // @[LZD.scala 49:25]
  assign _T_226 = _T_213[0:0]; // @[LZD.scala 49:47]
  assign _T_227 = _T_220[0:0]; // @[LZD.scala 49:59]
  assign _T_228 = _T_221 ? _T_226 : _T_227; // @[LZD.scala 49:35]
  assign _T_230 = {_T_223,_T_225,_T_228}; // @[Cat.scala 29:58]
  assign _T_231 = _T_205[2:0]; // @[LZD.scala 44:32]
  assign _T_232 = _T_231[2:1]; // @[LZD.scala 43:32]
  assign _T_233 = _T_232 != 2'h0; // @[LZD.scala 39:14]
  assign _T_234 = _T_232[1]; // @[LZD.scala 39:21]
  assign _T_235 = _T_232[0]; // @[LZD.scala 39:30]
  assign _T_236 = ~ _T_235; // @[LZD.scala 39:27]
  assign _T_237 = _T_234 | _T_236; // @[LZD.scala 39:25]
  assign _T_238 = {_T_233,_T_237}; // @[Cat.scala 29:58]
  assign _T_239 = _T_231[0:0]; // @[LZD.scala 44:32]
  assign _T_241 = _T_238[1]; // @[Shift.scala 12:21]
  assign _T_243 = _T_238[0:0]; // @[LZD.scala 55:32]
  assign _T_244 = _T_241 ? _T_243 : _T_239; // @[LZD.scala 55:20]
  assign _T_245 = {_T_241,_T_244}; // @[Cat.scala 29:58]
  assign _T_246 = _T_230[2]; // @[Shift.scala 12:21]
  assign _T_248 = _T_230[1:0]; // @[LZD.scala 55:32]
  assign _T_249 = _T_246 ? _T_248 : _T_245; // @[LZD.scala 55:20]
  assign _T_250 = {_T_246,_T_249}; // @[Cat.scala 29:58]
  assign _T_251 = _T_204[3]; // @[Shift.scala 12:21]
  assign _T_253 = _T_204[2:0]; // @[LZD.scala 55:32]
  assign _T_254 = _T_251 ? _T_253 : _T_250; // @[LZD.scala 55:20]
  assign _T_255 = {_T_251,_T_254}; // @[Cat.scala 29:58]
  assign _T_256 = _T_142[4]; // @[Shift.scala 12:21]
  assign _T_258 = _T_142[3:0]; // @[LZD.scala 55:32]
  assign _T_259 = _T_256 ? _T_258 : _T_255; // @[LZD.scala 55:20]
  assign scaleBias = {1'h1,_T_256,_T_259}; // @[Cat.scala 29:58]
  assign _T_260 = $signed(scaleBias); // @[QuireToPosit.scala 61:53]
  assign _GEN_2 = {{1{_T_260[5]}},_T_260}; // @[QuireToPosit.scala 61:41]
  assign _T_262 = $signed(7'sh13) + $signed(_GEN_2); // @[QuireToPosit.scala 61:41]
  assign realScale = $signed(_T_262); // @[QuireToPosit.scala 61:41]
  assign underflow = $signed(realScale) < $signed(-7'sh6); // @[QuireToPosit.scala 62:41]
  assign overflow = $signed(realScale) > $signed(7'sh6); // @[QuireToPosit.scala 63:35]
  assign _T_263 = underflow ? $signed(-7'sh6) : $signed(realScale); // @[Mux.scala 87:16]
  assign _T_264 = overflow ? $signed(7'sh6) : $signed(_T_263); // @[Mux.scala 87:16]
  assign _T_265 = realScale[6:6]; // @[Abs.scala 10:21]
  assign _T_267 = _T_265 ? 7'h7f : 7'h0; // @[Bitwise.scala 71:12]
  assign _T_268 = $unsigned(realScale); // @[Abs.scala 10:31]
  assign _T_269 = _T_267 ^ _T_268; // @[Abs.scala 10:26]
  assign _GEN_3 = {{6'd0}, _T_265}; // @[Abs.scala 10:39]
  assign absRealScale = _T_269 + _GEN_3; // @[Abs.scala 10:39]
  assign _T_272 = absRealScale < 7'h20; // @[Shift.scala 16:24]
  assign _T_273 = absRealScale[4:0]; // @[Shift.scala 17:37]
  assign _T_274 = _T_273[4]; // @[Shift.scala 12:21]
  assign _T_275 = io_quireIn[15:0]; // @[Shift.scala 64:52]
  assign _T_277 = {_T_275,16'h0}; // @[Cat.scala 29:58]
  assign _T_278 = _T_274 ? _T_277 : io_quireIn; // @[Shift.scala 64:27]
  assign _T_279 = _T_273[3:0]; // @[Shift.scala 66:70]
  assign _T_280 = _T_279[3]; // @[Shift.scala 12:21]
  assign _T_281 = _T_278[23:0]; // @[Shift.scala 64:52]
  assign _T_283 = {_T_281,8'h0}; // @[Cat.scala 29:58]
  assign _T_284 = _T_280 ? _T_283 : _T_278; // @[Shift.scala 64:27]
  assign _T_285 = _T_279[2:0]; // @[Shift.scala 66:70]
  assign _T_286 = _T_285[2]; // @[Shift.scala 12:21]
  assign _T_287 = _T_284[27:0]; // @[Shift.scala 64:52]
  assign _T_289 = {_T_287,4'h0}; // @[Cat.scala 29:58]
  assign _T_290 = _T_286 ? _T_289 : _T_284; // @[Shift.scala 64:27]
  assign _T_291 = _T_285[1:0]; // @[Shift.scala 66:70]
  assign _T_292 = _T_291[1]; // @[Shift.scala 12:21]
  assign _T_293 = _T_290[29:0]; // @[Shift.scala 64:52]
  assign _T_295 = {_T_293,2'h0}; // @[Cat.scala 29:58]
  assign _T_296 = _T_292 ? _T_295 : _T_290; // @[Shift.scala 64:27]
  assign _T_297 = _T_291[0:0]; // @[Shift.scala 66:70]
  assign _T_299 = _T_296[30:0]; // @[Shift.scala 64:52]
  assign _T_300 = {_T_299,1'h0}; // @[Cat.scala 29:58]
  assign _T_301 = _T_297 ? _T_300 : _T_296; // @[Shift.scala 64:27]
  assign quireLeftShift = _T_272 ? _T_301 : 32'h0; // @[Shift.scala 16:10]
  assign _T_306 = io_quireIn[31:16]; // @[Shift.scala 77:66]
  assign _T_307 = {16'h0,_T_306}; // @[Cat.scala 29:58]
  assign _T_308 = _T_274 ? _T_307 : io_quireIn; // @[Shift.scala 77:22]
  assign _T_312 = _T_308[31:8]; // @[Shift.scala 77:66]
  assign _T_313 = {8'h0,_T_312}; // @[Cat.scala 29:58]
  assign _T_314 = _T_280 ? _T_313 : _T_308; // @[Shift.scala 77:22]
  assign _T_318 = _T_314[31:4]; // @[Shift.scala 77:66]
  assign _T_319 = {4'h0,_T_318}; // @[Cat.scala 29:58]
  assign _T_320 = _T_286 ? _T_319 : _T_314; // @[Shift.scala 77:22]
  assign _T_324 = _T_320[31:2]; // @[Shift.scala 77:66]
  assign _T_325 = {2'h0,_T_324}; // @[Cat.scala 29:58]
  assign _T_326 = _T_292 ? _T_325 : _T_320; // @[Shift.scala 77:22]
  assign _T_329 = _T_326[31:1]; // @[Shift.scala 77:66]
  assign _T_330 = {1'h0,_T_329}; // @[Cat.scala 29:58]
  assign _T_331 = _T_297 ? _T_330 : _T_326; // @[Shift.scala 77:22]
  assign quireRightShift = _T_272 ? _T_331 : 32'h0; // @[Shift.scala 27:10]
  assign _T_333 = quireLeftShift[11:5]; // @[QuireToPosit.scala 89:49]
  assign _T_334 = quireLeftShift[4:0]; // @[QuireToPosit.scala 90:127]
  assign _T_335 = _T_334 != 5'h0; // @[QuireToPosit.scala 90:154]
  assign realFGRSTmp1 = {_T_333,_T_335}; // @[Cat.scala 29:58]
  assign _T_336 = quireRightShift[11:5]; // @[QuireToPosit.scala 91:50]
  assign _T_337 = quireRightShift[4:0]; // @[QuireToPosit.scala 92:128]
  assign _T_338 = _T_337 != 5'h0; // @[QuireToPosit.scala 92:155]
  assign realFGRSTmp2 = {_T_336,_T_338}; // @[Cat.scala 29:58]
  assign realFGRS = _T_265 ? realFGRSTmp1 : realFGRSTmp2; // @[QuireToPosit.scala 93:34]
  assign outRawFloat_fraction = realFGRS[7:3]; // @[QuireToPosit.scala 95:46]
  assign outRawFloat_grs = realFGRS[2:0]; // @[QuireToPosit.scala 96:46]
  assign _GEN_4 = _T_264[3:0]; // @[QuireToPosit.scala 44:31 QuireToPosit.scala 65:27]
  assign outRawFloat_scale = $signed(_GEN_4); // @[QuireToPosit.scala 44:31 QuireToPosit.scala 65:27]
  assign _T_344 = outRawFloat_scale[3:3]; // @[convert.scala 49:36]
  assign _T_346 = ~ outRawFloat_scale; // @[convert.scala 50:36]
  assign _T_347 = $signed(_T_346); // @[convert.scala 50:36]
  assign _T_348 = _T_344 ? $signed(_T_347) : $signed(outRawFloat_scale); // @[convert.scala 50:28]
  assign _T_349 = _T_344 ^ _T_2; // @[convert.scala 51:31]
  assign _T_350 = ~ _T_349; // @[convert.scala 53:34]
  assign _T_353 = {_T_350,_T_349,outRawFloat_fraction,outRawFloat_grs}; // @[Cat.scala 29:58]
  assign _T_354 = $unsigned(_T_348); // @[Shift.scala 39:17]
  assign _T_355 = _T_354 < 4'ha; // @[Shift.scala 39:24]
  assign _T_357 = _T_353[9:8]; // @[Shift.scala 90:30]
  assign _T_358 = _T_353[7:0]; // @[Shift.scala 90:48]
  assign _T_359 = _T_358 != 8'h0; // @[Shift.scala 90:57]
  assign _GEN_5 = {{1'd0}, _T_359}; // @[Shift.scala 90:39]
  assign _T_360 = _T_357 | _GEN_5; // @[Shift.scala 90:39]
  assign _T_361 = _T_354[3]; // @[Shift.scala 12:21]
  assign _T_362 = _T_353[9]; // @[Shift.scala 12:21]
  assign _T_364 = _T_362 ? 8'hff : 8'h0; // @[Bitwise.scala 71:12]
  assign _T_365 = {_T_364,_T_360}; // @[Cat.scala 29:58]
  assign _T_366 = _T_361 ? _T_365 : _T_353; // @[Shift.scala 91:22]
  assign _T_367 = _T_354[2:0]; // @[Shift.scala 92:77]
  assign _T_368 = _T_366[9:4]; // @[Shift.scala 90:30]
  assign _T_369 = _T_366[3:0]; // @[Shift.scala 90:48]
  assign _T_370 = _T_369 != 4'h0; // @[Shift.scala 90:57]
  assign _GEN_6 = {{5'd0}, _T_370}; // @[Shift.scala 90:39]
  assign _T_371 = _T_368 | _GEN_6; // @[Shift.scala 90:39]
  assign _T_372 = _T_367[2]; // @[Shift.scala 12:21]
  assign _T_373 = _T_366[9]; // @[Shift.scala 12:21]
  assign _T_375 = _T_373 ? 4'hf : 4'h0; // @[Bitwise.scala 71:12]
  assign _T_376 = {_T_375,_T_371}; // @[Cat.scala 29:58]
  assign _T_377 = _T_372 ? _T_376 : _T_366; // @[Shift.scala 91:22]
  assign _T_378 = _T_367[1:0]; // @[Shift.scala 92:77]
  assign _T_379 = _T_377[9:2]; // @[Shift.scala 90:30]
  assign _T_380 = _T_377[1:0]; // @[Shift.scala 90:48]
  assign _T_381 = _T_380 != 2'h0; // @[Shift.scala 90:57]
  assign _GEN_7 = {{7'd0}, _T_381}; // @[Shift.scala 90:39]
  assign _T_382 = _T_379 | _GEN_7; // @[Shift.scala 90:39]
  assign _T_383 = _T_378[1]; // @[Shift.scala 12:21]
  assign _T_384 = _T_377[9]; // @[Shift.scala 12:21]
  assign _T_386 = _T_384 ? 2'h3 : 2'h0; // @[Bitwise.scala 71:12]
  assign _T_387 = {_T_386,_T_382}; // @[Cat.scala 29:58]
  assign _T_388 = _T_383 ? _T_387 : _T_377; // @[Shift.scala 91:22]
  assign _T_389 = _T_378[0:0]; // @[Shift.scala 92:77]
  assign _T_390 = _T_388[9:1]; // @[Shift.scala 90:30]
  assign _T_391 = _T_388[0:0]; // @[Shift.scala 90:48]
  assign _GEN_8 = {{8'd0}, _T_391}; // @[Shift.scala 90:39]
  assign _T_393 = _T_390 | _GEN_8; // @[Shift.scala 90:39]
  assign _T_395 = _T_388[9]; // @[Shift.scala 12:21]
  assign _T_396 = {_T_395,_T_393}; // @[Cat.scala 29:58]
  assign _T_397 = _T_389 ? _T_396 : _T_388; // @[Shift.scala 91:22]
  assign _T_400 = _T_362 ? 10'h3ff : 10'h0; // @[Bitwise.scala 71:12]
  assign _T_401 = _T_355 ? _T_397 : _T_400; // @[Shift.scala 39:10]
  assign _T_402 = _T_401[3]; // @[convert.scala 55:31]
  assign _T_403 = _T_401[2]; // @[convert.scala 56:31]
  assign _T_404 = _T_401[1]; // @[convert.scala 57:31]
  assign _T_405 = _T_401[0]; // @[convert.scala 58:31]
  assign _T_406 = _T_401[9:3]; // @[convert.scala 59:69]
  assign _T_407 = _T_406 != 7'h0; // @[convert.scala 59:81]
  assign _T_408 = ~ _T_407; // @[convert.scala 59:50]
  assign _T_410 = _T_406 == 7'h7f; // @[convert.scala 60:81]
  assign _T_411 = _T_402 | _T_404; // @[convert.scala 61:44]
  assign _T_412 = _T_411 | _T_405; // @[convert.scala 61:52]
  assign _T_413 = _T_403 & _T_412; // @[convert.scala 61:36]
  assign _T_414 = ~ _T_410; // @[convert.scala 62:63]
  assign _T_415 = _T_414 & _T_413; // @[convert.scala 62:103]
  assign _T_416 = _T_408 | _T_415; // @[convert.scala 62:60]
  assign _GEN_9 = {{6'd0}, _T_416}; // @[convert.scala 63:56]
  assign _T_419 = _T_406 + _GEN_9; // @[convert.scala 63:56]
  assign _T_420 = {_T_2,_T_419}; // @[Cat.scala 29:58]
  assign io_positOut = _T_428; // @[QuireToPosit.scala 101:15]
  assign io_outValid = _T_424; // @[QuireToPosit.scala 100:21]
`ifdef RANDOMIZE_GARBAGE_ASSIGN
`define RANDOMIZE
`endif
`ifdef RANDOMIZE_INVALID_ASSIGN
`define RANDOMIZE
`endif
`ifdef RANDOMIZE_REG_INIT
`define RANDOMIZE
`endif
`ifdef RANDOMIZE_MEM_INIT
`define RANDOMIZE
`endif
`ifndef RANDOM
`define RANDOM $random
`endif
`ifdef RANDOMIZE_MEM_INIT
  integer initvar;
`endif
initial begin
  `ifdef RANDOMIZE
    `ifdef INIT_RANDOM
      `INIT_RANDOM
    `endif
    `ifndef VERILATOR
      `ifdef RANDOMIZE_DELAY
        #`RANDOMIZE_DELAY begin end
      `else
        #0.002 begin end
      `endif
    `endif
  `ifdef RANDOMIZE_REG_INIT
  _RAND_0 = {1{`RANDOM}};
  _T_424 = _RAND_0[0:0];
  `endif // RANDOMIZE_REG_INIT
  `ifdef RANDOMIZE_REG_INIT
  _RAND_1 = {1{`RANDOM}};
  _T_428 = _RAND_1[7:0];
  `endif // RANDOMIZE_REG_INIT
  `endif // RANDOMIZE
end
  always @(posedge clock) begin
    if (reset) begin
      _T_424 <= 1'h0;
    end else begin
      _T_424 <= io_inValid;
    end
    if (io_inValid) begin
      if (outRawFloat_isNaR) begin
        _T_428 <= 8'h80;
      end else begin
        if (outRawFloat_isZero) begin
          _T_428 <= 8'h0;
        end else begin
          _T_428 <= _T_420;
        end
      end
    end
  end
endmodule